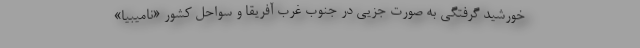
خورشید گرفتگی به صورت جزیی در جنوب غرب آفریقا و سواحل کشور «نامیبیا»